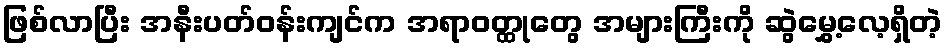
ဖြစ်လာပြီး အနီးပတ်ဝန်းကျင်က အရာဝတ္ထုတွေ အများကြီးကို ဆွဲမွှေ့လေ့ရှိတဲ့